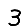
Digit: 3